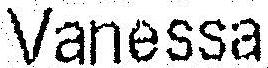
VANESSA